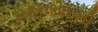
મકનભાઇની